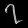
Digit: ၇